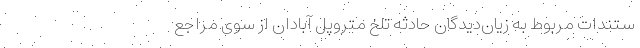
ستندات مربوط به زیان‌دیدگان حادثه تلخ متروپل آبادان از سوی مراجع